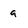
Character: 9